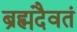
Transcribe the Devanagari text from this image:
ब्रह्मदैवतं